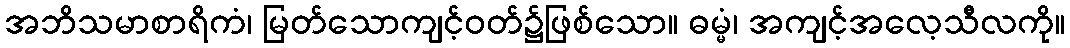
အဘိသမာစာရိကံ၊ မြတ်သောကျင့်ဝတ်၌ဖြစ်သော။ ဓမ္မံ၊ အကျင့်အလေ့သီလကို။